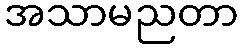
အသာမညတာ